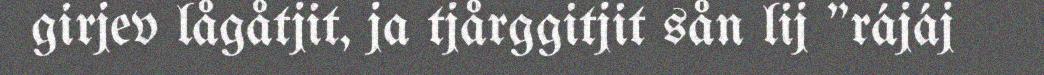
girjev lågåtjit, ja tjårggitjit sån lij "rájáj